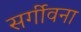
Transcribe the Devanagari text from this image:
सर्गीवना